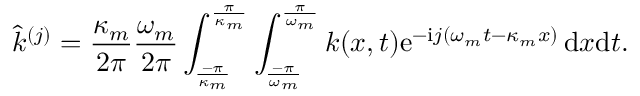
\hat { k } ^ { ( j ) } = \frac { \kappa _ { m } } { 2 \pi } \frac { \omega _ { m } } { 2 \pi } \int _ { \frac { - \pi } { \kappa _ { m } } } ^ { \frac { \pi } { \kappa _ { m } } } \int _ { \frac { - \pi } { \omega _ { m } } } ^ { \frac { \pi } { \omega _ { m } } } k ( x , t ) \mathrm { e } ^ { - \mathrm { i } j ( \omega _ { m } t - \kappa _ { m } x ) } \, \mathrm { d } x \mathrm { d } t .